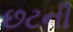
છટની